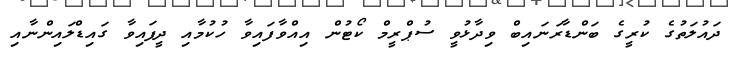
ދައުލަތުގެ ކުރީގެ ބަންޑާރަނައިބް ވިދާޅުވީ ސުޕްރީމް ކޯޓުން އިއްވާފައިވާ ހުކުމާއި ދީފައިވާ ގައިޑްލައިންނާއި